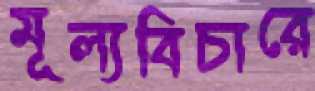
মূল্যবিচারে